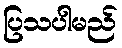
ပြသပါမည်